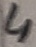
Text: 4